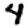
Digit: 4